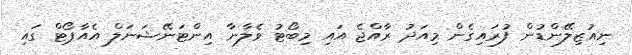
ނިއުޒިލޭންޑުން ފުރައިގެން މިއަދު ރާއްޖެ އައި މިބޯޓު ވެލާނާ އިންޓަނޭޝަނަލް އެއާޕޯޓް ގައި